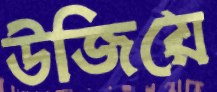
উজিয়ে